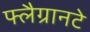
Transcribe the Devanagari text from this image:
फ्लैग्रानटे